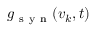
g _ { \mathrm { ~ s ~ y ~ n ~ } } ( v _ { k } , t )